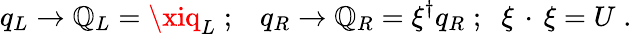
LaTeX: q_{L}\rightarrow{\cal{\mathbb{Q}}}_{L}=\xiq_{L}\; ;\; \; \; q_{R}\rightarrow{\cal{\mathbb{Q}}}_{R}=\xi^{\dagger}q_{R}\; ;\; \; \xi\, \cdot\, \xi=U\; .